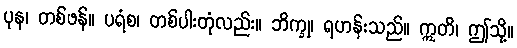
ပုန၊ တစ်ဖန်။ ပရံစ၊ တစ်ပါးတုံလည်း။ ဘိက္ခု၊ ရဟန်းသည်။ ဣတိ၊ ဤသို့။